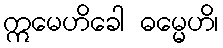
ဣမေဟိခေါ ဓမ္မေဟိ၊